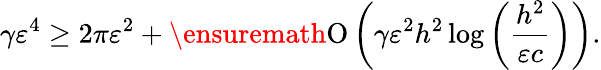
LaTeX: \gamma\varepsilon^{4}\geq 2\pi\varepsilon^{2}+\ensuremath{\operatorname{O}\left(\gamma\varepsilon^{2}h^{2}\log{\left(\frac{h^{2}}{\varepsilon c}\right)}\right)}.